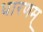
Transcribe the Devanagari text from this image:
धारणम्